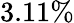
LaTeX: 3.11\%